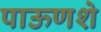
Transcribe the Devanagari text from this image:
पाऊणशे